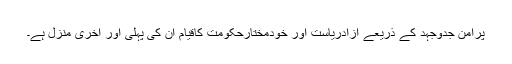
پرامن جدوجہد کے ذریعے آزادریاست اور خودمختارحکومت کاقیام ان کی پہلی اور آخری منزل ہے۔